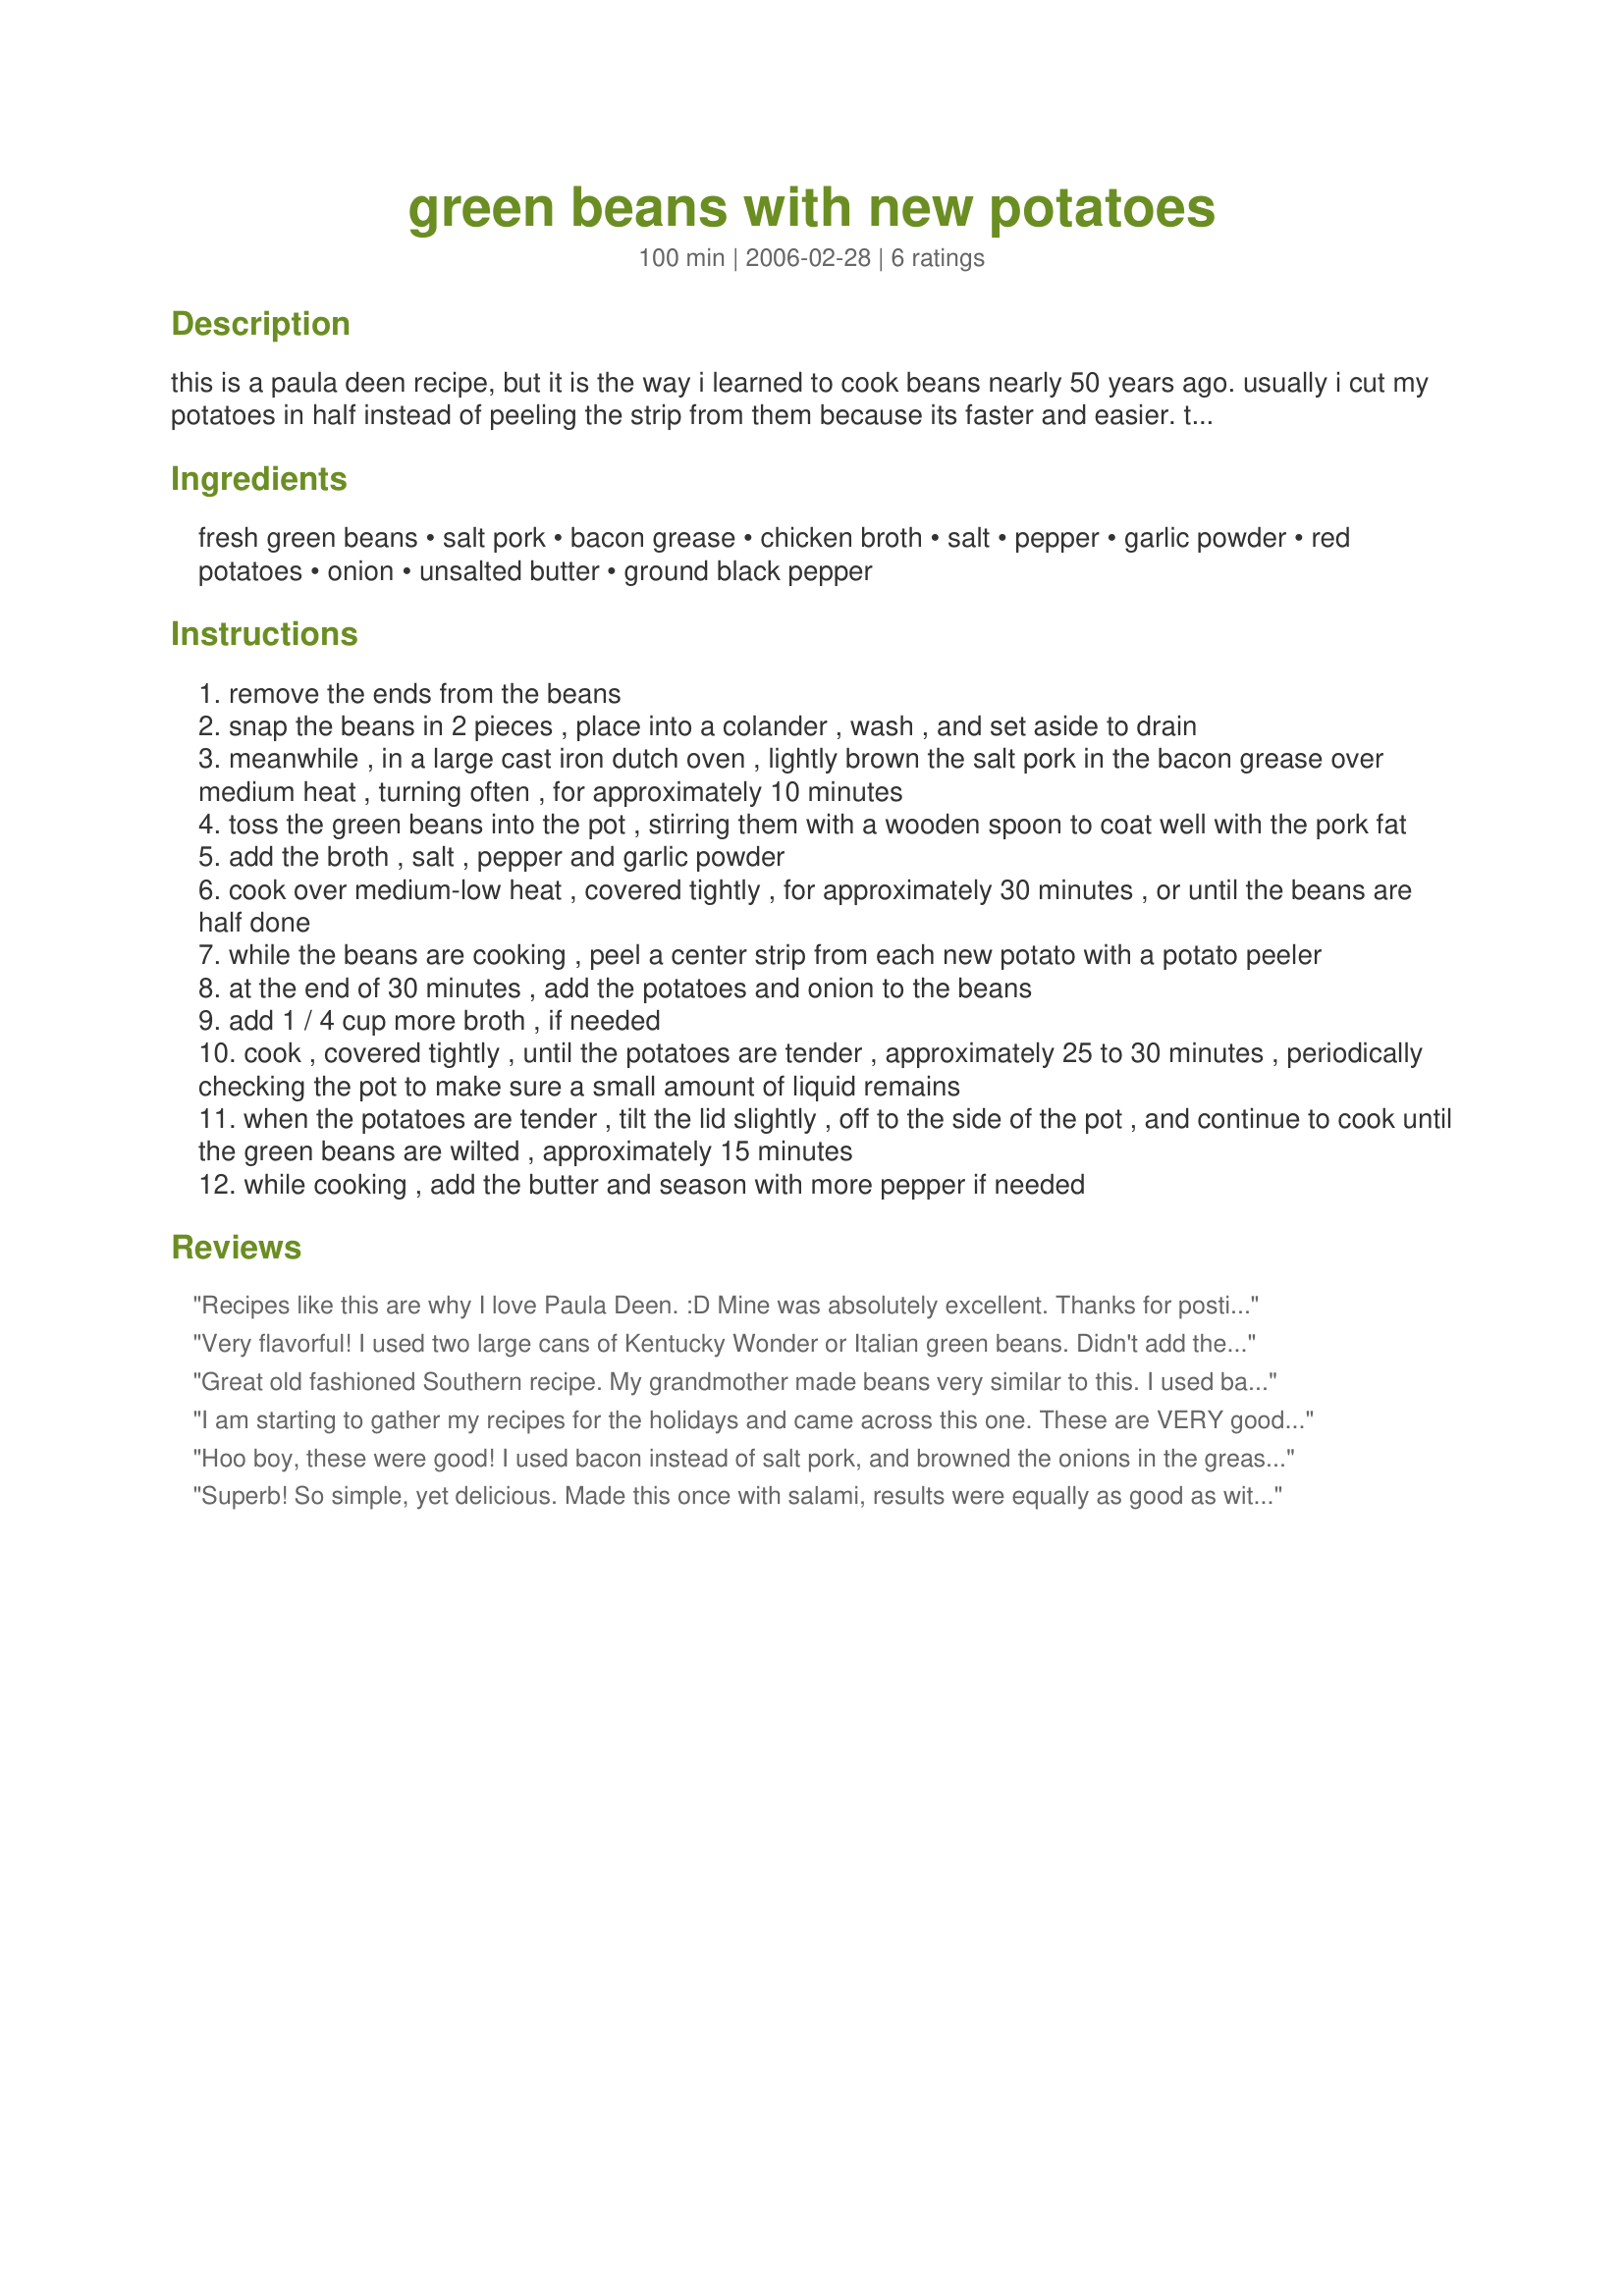
green beans with new potatoes
Preparation time: 100 minutes

this is a paula deen recipe, but it is the way i learned to cook beans nearly 50 years ago. usually i cut my potatoes in half instead of peeling the strip from them because its faster and easier. this makes such good beans that you'll be wiggling like a speckled pup.

Ingredients:
fresh green beans, salt pork, bacon grease, chicken broth, salt, pepper, garlic powder, red potatoes, onion, unsalted butter, ground black pepper

Steps:
remove the ends from the beans
snap the beans in 2 pieces , place into a colander , wash , and set aside to drain
meanwhile , in a large cast iron dutch oven , lightly brown the salt pork in the bacon grease over medium heat , turning often , for approximately 10 minutes
toss the green beans into the pot , stirring them with a wooden spoon to coat well with the pork fat
add the broth , salt , pepper and garlic powder
cook over medium-low heat , covered tightly , for approximately 30 minutes , or until the beans are half done
while the beans are cooking , peel a center strip from each new potato with a potato peeler
at the end of 30 minutes , add the potatoes and onion to the beans
add 1 / 4 cup more broth , if needed
cook , covered tightly , until the potatoes are tender , approximately 25 to 30 minutes , periodically checking the pot to make sure a small amount of liquid remains
when the potatoes are tender , tilt the lid slightly , off to the side of the pot , and continue to cook until the green beans are wilted , approximately 15 minutes
while cooking , add the butter and season with more pepper if needed

Reviews:
Recipes like this are why I love Paula Deen. :D

Mine was absolutely excellent.

Thanks for posting. :D
Very flavorful! I used two large cans of Kentucky Wonder or Italian green beans. Didn't add the butter at the end, there's really no need. I think it would be way too greasy.
Great old fashioned Southern recipe. My grandmother made beans very similar to this. 
I used bacon grease left over from breakfast, but did not use the salt pork. I browned the onions in the grease before adding the beans to it. Otherwise followed the recipe, but found the beans were wilted enough without the extra 15 minutes at the end. I also skipped the butter at the end. It was delicious.
I am starting to gather my recipes for the holidays and came across this one. These are VERY good! I use a regular heavy dutch oven as I don't have an iron one. I also use thick bacon and satuee the onios in the bacon grease like Bunkie did. I don't add the butter at the end and I cut back on the salt by half. Yummmmy! Thanks for posting, Sandy.
Hoo boy, these were good! I used bacon instead of salt pork, and browned the onions in the grease a bit before adding the beans, but otherwise followed the recipe as written. These were so good, we were all wiggling like speckled pups, even my six-year-old who's normally an avowed veggie hater. We're growing green beans in our garden this year, and this is how I'll be fixing them. Thanks for sharing, Sandy!
Superb! So simple, yet delicious. Made this once with salami, results were equally as good as with salt pork.
